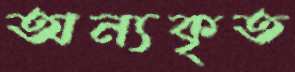
অন্যকৃত